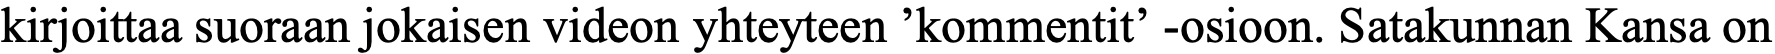
kirjoittaa suoraan jokaisen videon yhteyteen ’kommentit’ -osioon. Satakunnan Kansa on